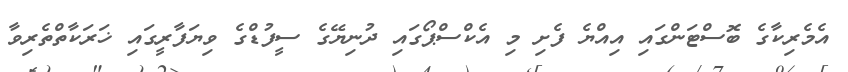
އެމެރިކާގެ ބޮސްޓަންގައި އިއްޔެ ފެށި މި އެކްސްޕޯގައި ދުނިޔޭގެ ސީފުޑްގެ ވިޔަފާރީގައި ޚަރަކާތްތެރިވާ